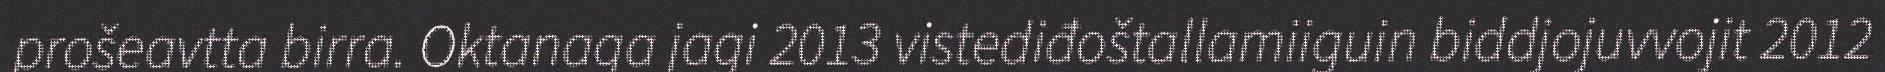
prošeavtta birra. Oktanaga jagi 2013 vistediđoštallamiiguin biddjojuvvojit 2012